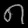
Digit: ၈